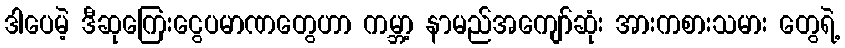
ဒါပေမဲ့ ဒီဆုကြေးငွေပမာဏတွေဟာ ကမ္ဘာ့ နာမည်အကျော်ဆုံး အားကစားသမား တွေရဲ့